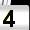
Digit: 4